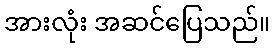
အားလုံး အဆင်ပြေသည်။